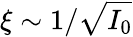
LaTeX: \xi\sim 1/\sqrt{I_{0}}